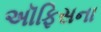
અૉફિસના